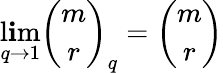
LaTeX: \operatorname*{l\mathbf{i}m}_{q\to1}{\binom{m}{r}}_{q}={\binom{m}{r}}